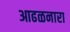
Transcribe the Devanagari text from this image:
आढळनारा